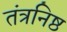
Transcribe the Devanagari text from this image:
तंत्रनिष्ठ